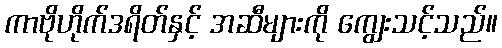
ကာဗိုဟိုက်ဒရိတ်နှင့် အဆီများကို ကျွေးသင့်သည်။